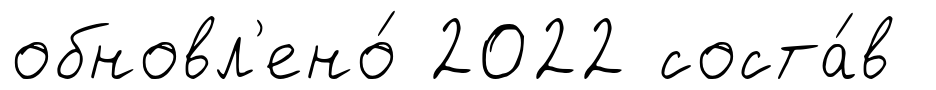
обновл'ено́ 2022 соста́в